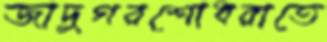
জাদুগরশোধরাতে